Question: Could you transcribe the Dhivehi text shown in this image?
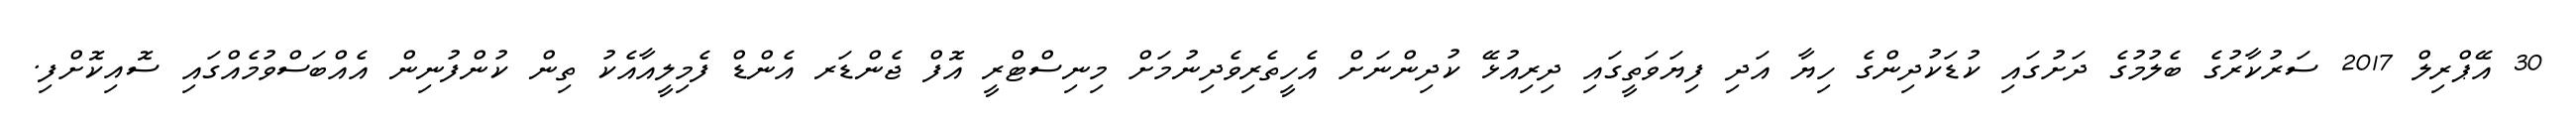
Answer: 30 އޭޕްރިލް 2017 ސަރުކާރުގެ ބެލުމުގެ ދަށުގައި ކުޑަކުދިންގެ ހިޔާ އަދި ފިޔަވަތީގައި ދިރިއުޅޭ ކުދިންނަށް އެހީތެރިވެދިނުމަށް މިނިސްޓްރީ އޮފް ޖެންޑަރ އެންޑް ފެމިލީއާއެކު ތިން ކުންފުނިން އެއްބަސްވުމެއްގައި ސޮއިކޮށްފި.